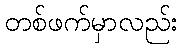
တစ်ဖက်မှာလည်း